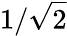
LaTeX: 1/{\sqrt{2}}